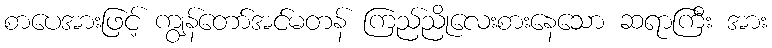
စာပေအားဖြင့် ကျွန်တော်အင်မတန် ကြည်ညိုလေးစားနေသော ဆရာကြီး အား